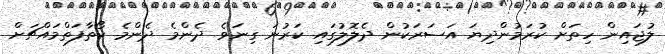
ލުޖައިން ހިތަށް ކުރަމުންދިޔަ އަސަރަކުން ދެލޮލުގައި ކަރުނަ ގިނަވެ ދެންމެ ދެންމެ ކޯތާފަތްމައްޗަށް